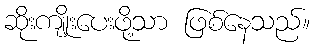
ဆိုးကျိုးပေးဖို့သာ ဖြစ်နေသည်။